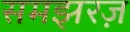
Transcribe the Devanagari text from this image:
समझरज़